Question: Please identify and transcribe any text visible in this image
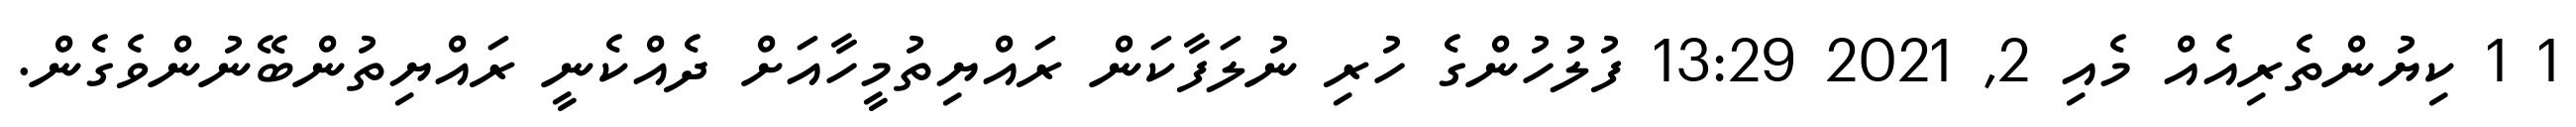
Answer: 1 1 ކިޔުންތެރިއެއް މެއި 2, 2021 13:29 ފުލުހުންގެ ހުރި ނުލަފާކަން ރައްޔިތުމީހާއަށް ދެއްކެނީ ރައްޔިތުންބޭނުންވެގެން.